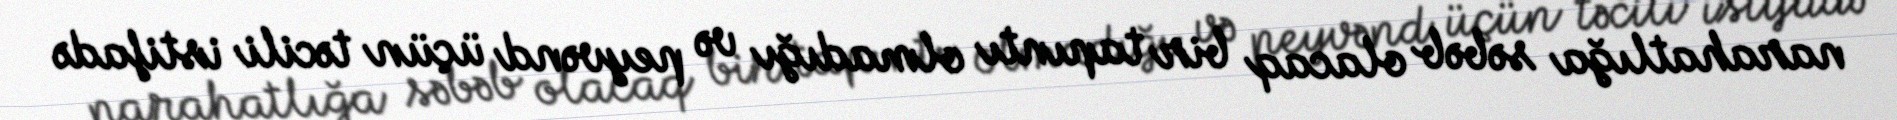
narahatlığa səbəb olacaq bir tapıntı olmadığı və peyvənd üçün təcili istifadə